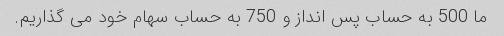
ما 500 به حساب پس انداز و 750 به حساب سهام خود می گذاریم.